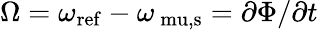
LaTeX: \Omega=\omega_{\mathrm{ref}}-\omega_{\mathrm{\ mu,s}}=\partial\Phi/\partial t